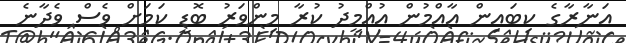
އަނާރާގެ ކިބައިން އާއްމުން އުއްމީދު ކުރާ މިންވަރު ބޮޑީ ކަމަށް ވެސް ވެދާނެ